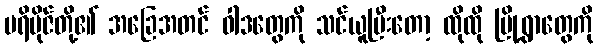
ပရိဗိုဇ်တို့၏ အခြေအတင် ဝါဒတွေကို သင်ယူပြီးတော့ ထိုထို မြို့ရွာတွေကို